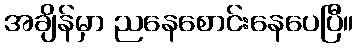
အချိန်မှာ ညနေစောင်းနေပေပြီ။